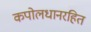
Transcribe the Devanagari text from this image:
कपोलधानरहित